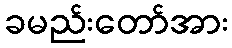
ခမည်းတော်အား